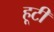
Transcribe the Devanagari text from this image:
हूटी